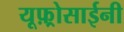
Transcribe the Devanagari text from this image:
यूफ़्रोसाईनी